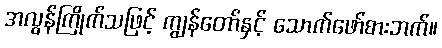
အလွန်ကြိုက်သဖြင့် ကျွန်တော်နှင့် သောက်ဖော်စားဘက်။